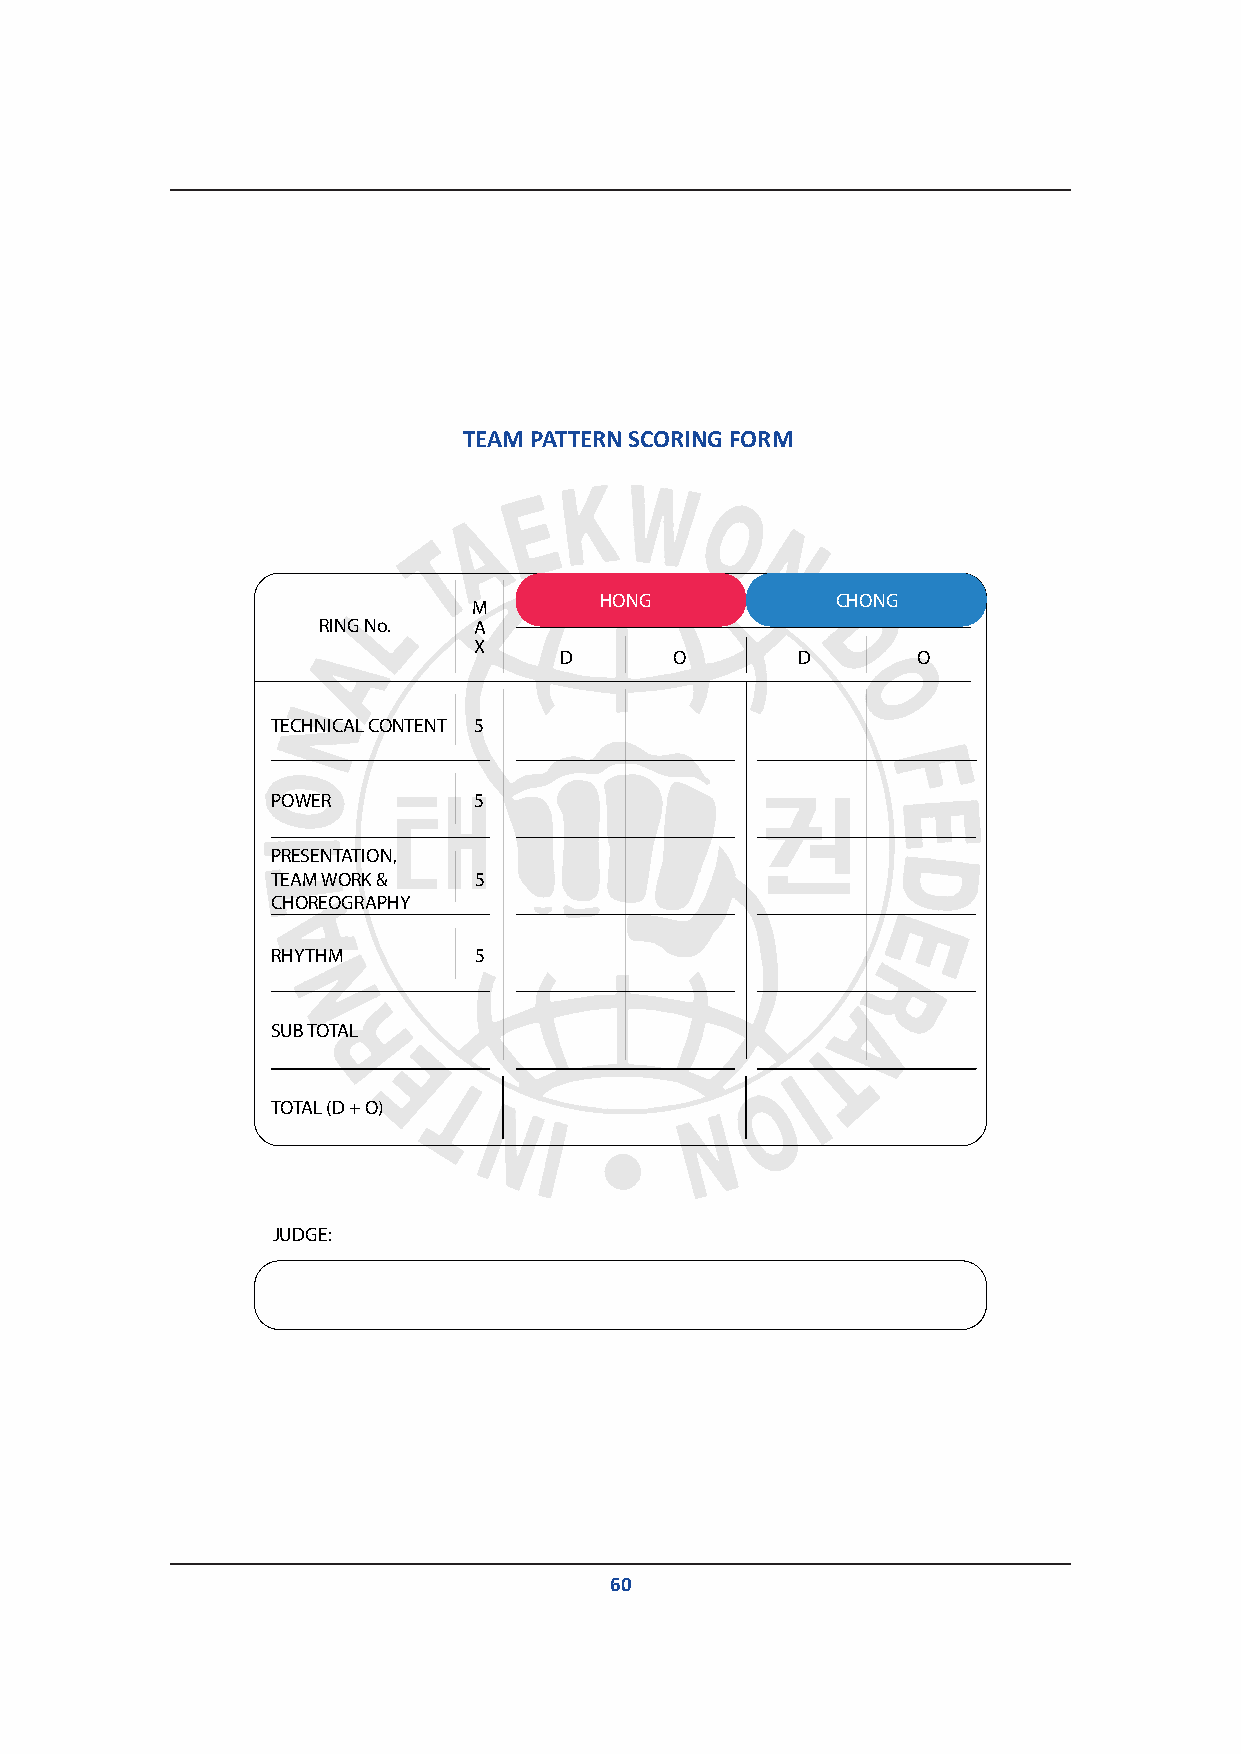
TTEEAAMM PPAATTTTEERRNN SSCCOORRIINNGG FFOORRMM
 M        HONG           CHONG
 RING No.  A
 X
 D       O       D       O
 TECHNICAL CONTENT 5
 POWER        5
 PRESENTATION,
 TEAM WORK &  5
 CHOREOGRAPHY
 RHYTHM       5
 SUB TOTAL
 TOTAL (D + O)
 JUDGE:
 60